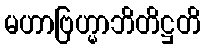
မဟာဗြဟ္မာဘိတိဋ္ဌတိ